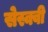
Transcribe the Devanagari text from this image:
सेस्क्वी